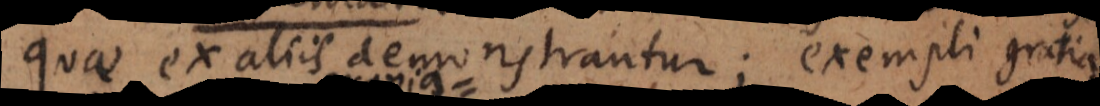
quae ex aliis demonstrantur; exempli gratia